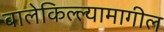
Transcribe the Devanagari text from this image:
बालेकिल्ल्यामागील